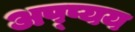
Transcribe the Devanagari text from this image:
अप्प्यय